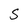
Character: S